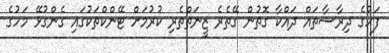
ފަހުގެ ދިރާސާތައް ދައްކާ ގޮތުން ގޭތެރެ ޒީނަތްތެރި ކުރުމަށް ޓޭންކްތަކުގައި ގެންގުޅޭ މަހުގެ